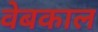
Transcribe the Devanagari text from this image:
वेबकाल